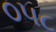
૦૫૮